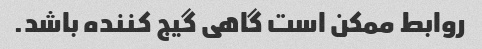
روابط ممکن است گاهی گیج کننده باشد.